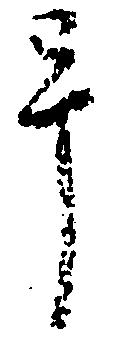
畢